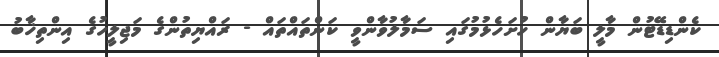
ކެންޑިޑޭޓުން މާލީ ބަޔާން ހުށަހެޅުމުގައި ސަމާލުވާންވީ ކަންތައްތައް - ރައްޔިތުންގެ މަޖިލީހުގެ އިންތިޚާބު